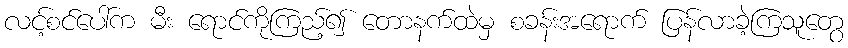
လင့်စင်ပေါ်က မီး ရောင်ကိုကြည့်၍ တောနက်ထဲမှ စခန်းအရောက် ပြန်လာခဲ့ကြသူတွေ